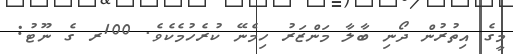
މީގެ އިތުރުން ދޯނި ބާލާ މަންޒަރު ހިމެނޭ ކުރެހުމެކެވެ. 100ރ ގެ ނޫޓު: